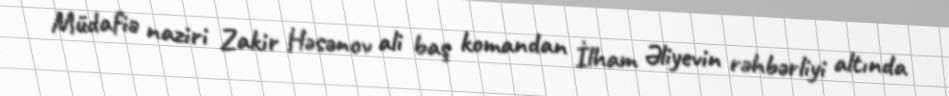
Müdafiə naziri Zakir Həsənov ali baş komandan İlham Əliyevin rəhbərliyi altında